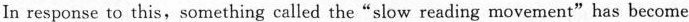
In response to this,something called the"slow reading movement"has become